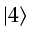
\vert 4 \rangle